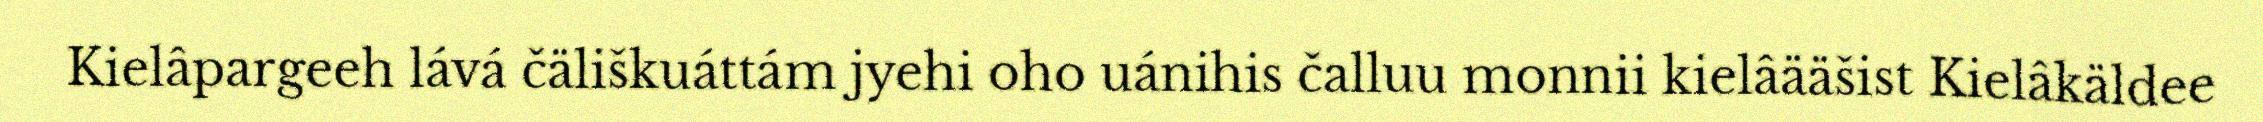
Kielâpargeeh lává čäliškuáttám jyehi oho uánihis čalluu monnii kielâääšist Kielâkäldee